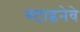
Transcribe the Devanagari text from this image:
स्टाइनेवे